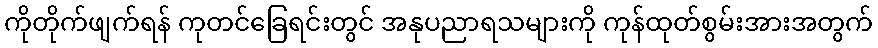
ကိုတိုက်ဖျက်ရန် ကုတင်ခြေရင်းတွင် အနုပညာရသများကို ကုန်ထုတ်စွမ်းအားအတွက်